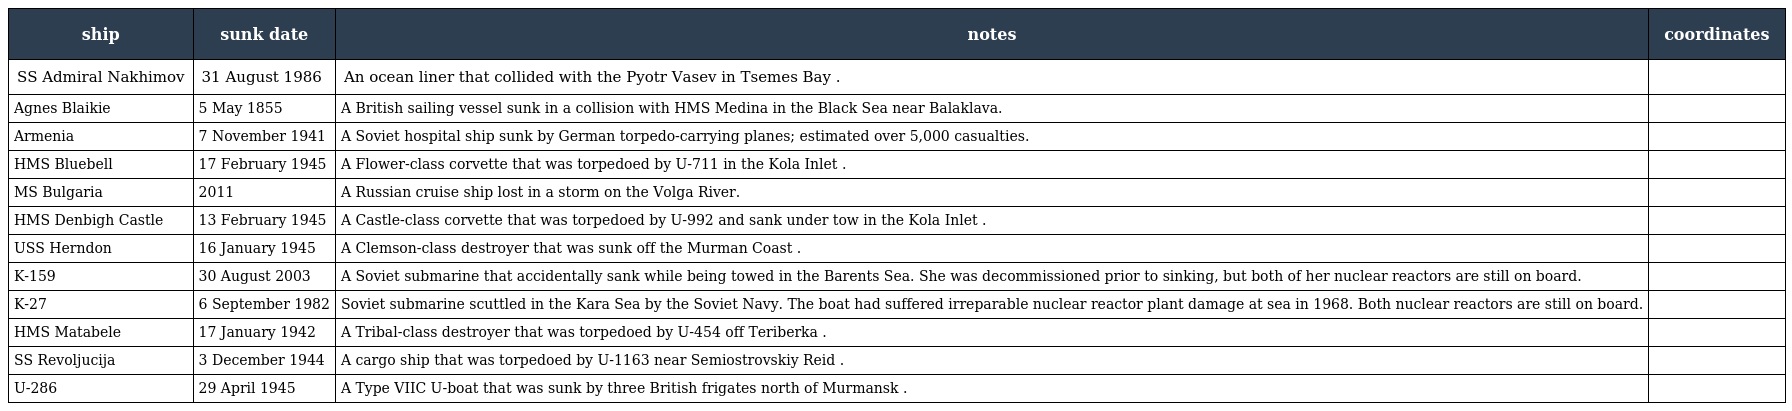
| ship | sunk date | notes | coordinates |
 | --- | --- | --- | --- |
 | SS Admiral Nakhimov | 31 August 1986 | An ocean liner that collided with the Pyotr Vasev in Tsemes Bay . |  |
 | Agnes Blaikie | 5 May 1855 | A British sailing vessel sunk in a collision with HMS Medina in the Black Sea near Balaklava. |  |
 | Armenia | 7 November 1941 | A Soviet hospital ship sunk by German torpedo-carrying planes; estimated over 5,000 casualties. |  |
 | HMS Bluebell | 17 February 1945 | A Flower-class corvette that was torpedoed by U-711 in the Kola Inlet . |  |
 | MS Bulgaria | 2011 | A Russian cruise ship lost in a storm on the Volga River. |  |
 | HMS Denbigh Castle | 13 February 1945 | A Castle-class corvette that was torpedoed by U-992 and sank under tow in the Kola Inlet . |  |
 | USS Herndon | 16 January 1945 | A Clemson-class destroyer that was sunk off the Murman Coast . |  |
 | K-159 | 30 August 2003 | A Soviet submarine that accidentally sank while being towed in the Barents Sea. She was decommissioned prior to sinking, but both of her nuclear reactors are still on board. |  |
 | K-27 | 6 September 1982 | Soviet submarine scuttled in the Kara Sea by the Soviet Navy. The boat had suffered irreparable nuclear reactor plant damage at sea in 1968. Both nuclear reactors are still on board. |  |
 | HMS Matabele | 17 January 1942 | A Tribal-class destroyer that was torpedoed by U-454 off Teriberka . |  |
 | SS Revoljucija | 3 December 1944 | A cargo ship that was torpedoed by U-1163 near Semiostrovskiy Reid . |  |
 | U-286 | 29 April 1945 | A Type VIIC U-boat that was sunk by three British frigates north of Murmansk . |  |